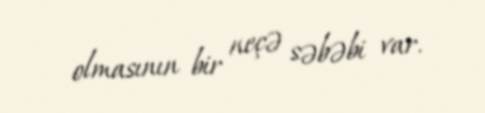
olmasının bir neçə səbəbi var.